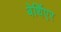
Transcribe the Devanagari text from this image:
बेर्थिएर